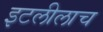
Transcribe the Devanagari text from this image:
इटलीलाच